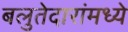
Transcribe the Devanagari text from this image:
बलुतेदारांमध्ये